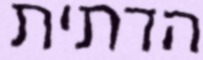
הדתית